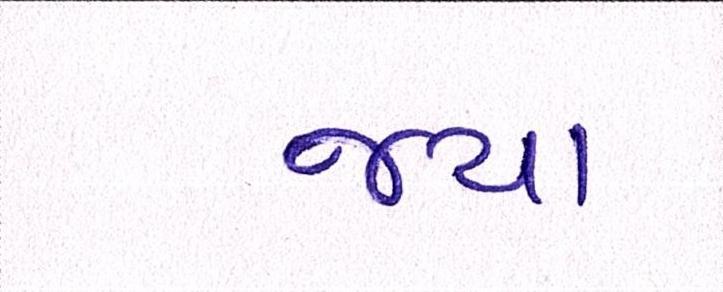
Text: જયા